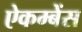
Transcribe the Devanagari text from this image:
ऐकम्बेंस